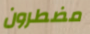
مضطرون